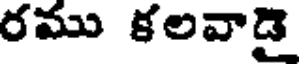
రము కలవాడై